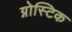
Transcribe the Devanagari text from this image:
ग्नोस्टिक